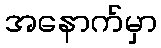
အနောက်မှာ